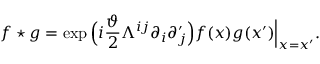
f \star g = \exp \Big ( i \frac { \vartheta } { 2 } \Lambda ^ { i j } \partial _ { i } \partial _ { j } ^ { \prime } \Big ) f ( x ) g ( x ^ { \prime } ) \Big \vert _ { x = x ^ { \prime } } .